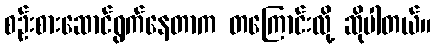
စဉ်းစားဆောင်ရွက်နေတာက တကြောင်းလို့ ဆိုပါတယ်။